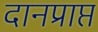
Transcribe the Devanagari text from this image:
दानप्राप्त